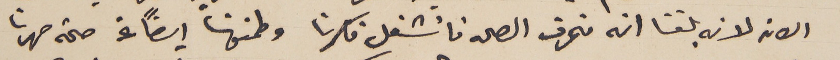
الان لانه بلغنا انه منحرف الصحه فانشغل فكرنا وطمنونا ايضاً عن صحة صهرنا